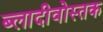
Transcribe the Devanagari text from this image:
ब्लादीवोस्तक